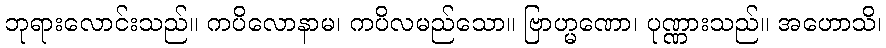
ဘုရားလောင်းသည်။ ကပိလောနာမ၊ ကပိလမည်သော။ ဗြာဟ္မဏော၊ ပုဏ္ဏားသည်။ အဟောသိ၊